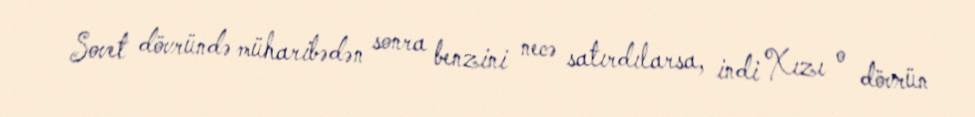
Sovet dövründə müharibədən sonra benzini necə satırdılarsa, indi Xızı o dövrün